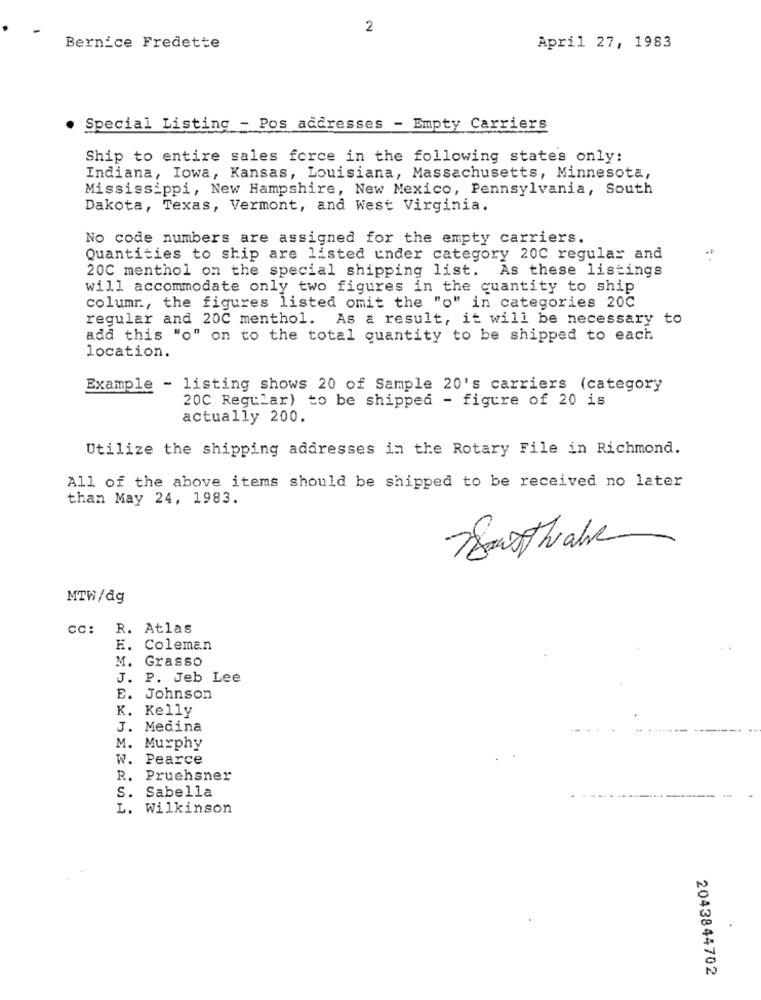
2
Bernice Fredette
April 27, 1983
Special Listing - Pos addresses - Empty Carriers
Ship to entire sales force in the following states only:
Indiana, Iowa, Kansas, Louisiana, Massachusetts, Minnesota,
Mississippi, New Hampshire, New Mexico, Pennsylvania, South
Dakota, Texas, Vermont, and West Virginia.
No code numbers are assigned for the empty carriers.
Quantities to ship are listed under category 20C regular and
20C menthol on the special shipping list. As these listings
will accommodate only two figures in the quantity to ship
columr ., the figures listed omit the "o" in categories 20C
regular and 200 menthol. As a result, it will be necessary to
add this "o" on to the total quantity to be shipped to each
location.
Example - listing shows 20 of Sample 20's carriers (category
20C Regular) to be shipped - figure of 20 is
actually 200.
Utilize the shipping addresses in the Rotary File in Richmond.
All of the above items should be shipped to be received no later
than May 24, 1983.
nathalie
MTW/dg
CC:
R. Atlas
K. Coleman
M. Grasso
J. P. Jeb Lee
E. Johnson
K. Kelly
J. Medina
M. Murphy
W. Pearce
R. Pruehsner
S. Sabella
L. Wilkinson
2043844702